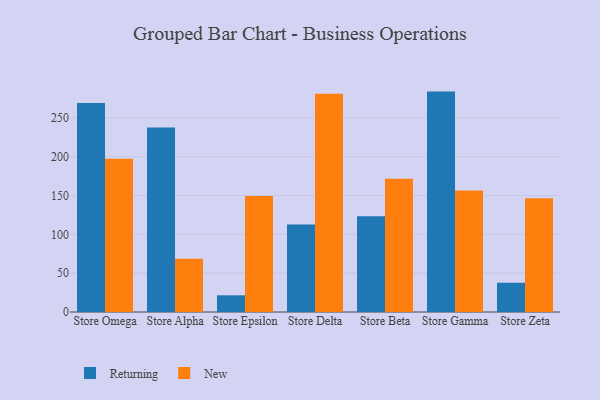
{"axis": {"x": "Store", "y": "Customer Acquisition Cost (USD)"}, "legend": ["New", "Returning"], "data": [{"x": "Store Omega", "y": 269.3, "type": "Returning"}, {"x": "Store Omega", "y": 197.5, "type": "New"}, {"x": "Store Alpha", "y": 237.6, "type": "Returning"}, {"x": "Store Alpha", "y": 68.5, "type": "New"}, {"x": "Store Epsilon", "y": 21.5, "type": "Returning"}, {"x": "Store Epsilon", "y": 149.4, "type": "New"}, {"x": "Store Delta", "y": 112.9, "type": "Returning"}, {"x": "Store Delta", "y": 281.3, "type": "New"}, {"x": "Store Beta", "y": 123.4, "type": "Returning"}, {"x": "Store Beta", "y": 171.8, "type": "New"}, {"x": "Store Gamma", "y": 284.0, "type": "Returning"}, {"x": "Store Gamma", "y": 156.6, "type": "New"}, {"x": "Store Zeta", "y": 37.7, "type": "Returning"}, {"x": "Store Zeta", "y": 146.5, "type": "New"}]}